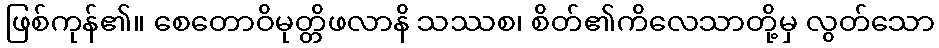
ဖြစ်ကုန်၏။ စေတောဝိမုတ္တိဖလာနိ သဿစ၊ စိတ်၏ကိလေသာတို့မှ လွတ်သော